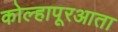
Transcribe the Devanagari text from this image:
कोल्हापूरआता